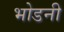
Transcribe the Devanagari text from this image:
भोडनी